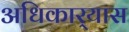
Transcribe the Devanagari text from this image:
अधिकार्‍यास